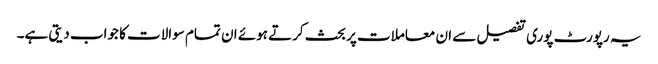
یہ رپورٹ پوری تفصیل سے ان معاملات پر بحث کرتے ہوئے ان تمام سوالات کا جواب دیتی ہے۔